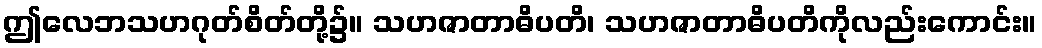
ဤလေဘသဟဂုတ်စိတ်တို့၌။ သဟဇာတာဓိပတိ၊ သဟဇာတာဓိပတိကိုလည်းကောင်း။